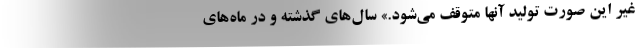
غیر این صورت تولید آنها متوقف می‌شود.» سال‌های گذشته و در ماه‌های